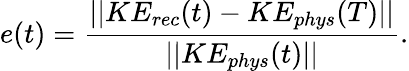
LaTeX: e(t)=\frac{||KE_{rec}(t)-KE_{phys}(T)||}{||KE_{phys}(t)||}.